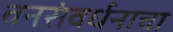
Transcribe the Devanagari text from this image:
वनसंवर्धनाचा